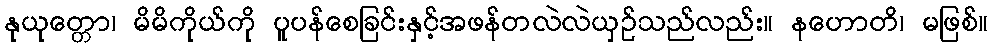
နုယုတ္တော၊ မိမိကိုယ်ကို ပူပန်စေခြင်းနှင့်အဖန်တလဲလဲယှဉ်သည်လည်း။ နဟောတိ၊ မဖြစ်။